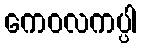
ကေဝလကပ္ပါ